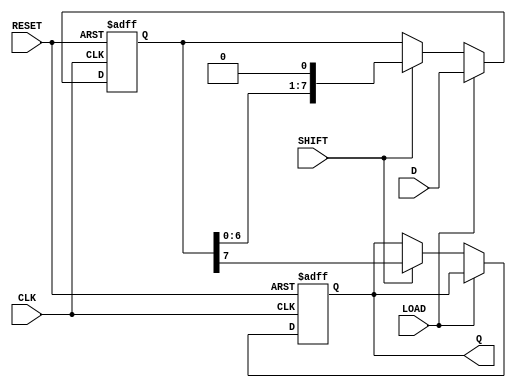
module piso_register #(
    parameter WIDTH = 8  // Define the width of the data input
)(
    input wire [WIDTH-1:0] D,      // Parallel data input
    output reg Q,                   // Serial data output
    input wire LOAD,                // Load control signal
    input wire SHIFT,               // Shift control signal
    input wire CLK,                 // Clock signal
    input wire RESET                // Asynchronous reset signal
);

    // Internal register array to hold the data
    reg [WIDTH-1:0] shift_reg;

    always @(posedge CLK or posedge RESET) begin
        if (RESET) begin
            // Clear the shift register on reset
            shift_reg <= {WIDTH{1'b0}};
            Q <= 1'b0;  // Clear the output
        end else begin
            if (LOAD) begin
                // Load data into the shift register
                shift_reg <= D;
            end else if (SHIFT) begin
                // Shift data serially
                Q <= shift_reg[WIDTH-1];  // Output the MSB
                shift_reg <= {shift_reg[WIDTH-2:0], 1'b0};  // Shift left
            end
        end
    end

endmodule